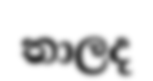
තාලද